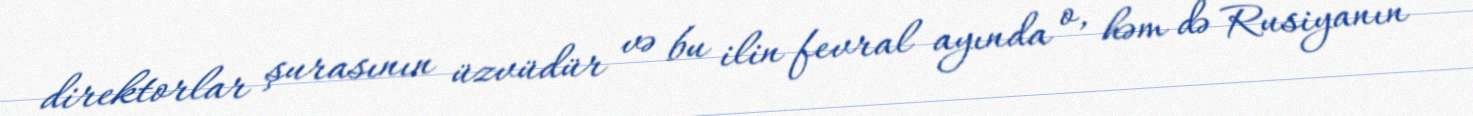
direktorlar şurasının üzvüdür və bu ilin fevral ayında o, həm də Rusiyanın